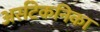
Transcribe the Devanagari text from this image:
अर्सटेकनिका